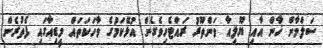
ސަލްމާން ޚާން އާއި ޔޫލިއާ ވަންތޫރު ރައްޓެހިވެގެން އުޅޭކަމުގެ ވާހަކަތައް މީޑިއާގައި ފެތުރެން